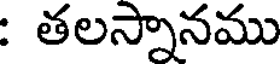
: తలస్నానము